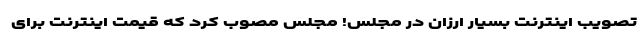
تصویب اینترنت بسیار ارزان در مجلس! مجلس مصوب کرد که قیمت اینترنت برای